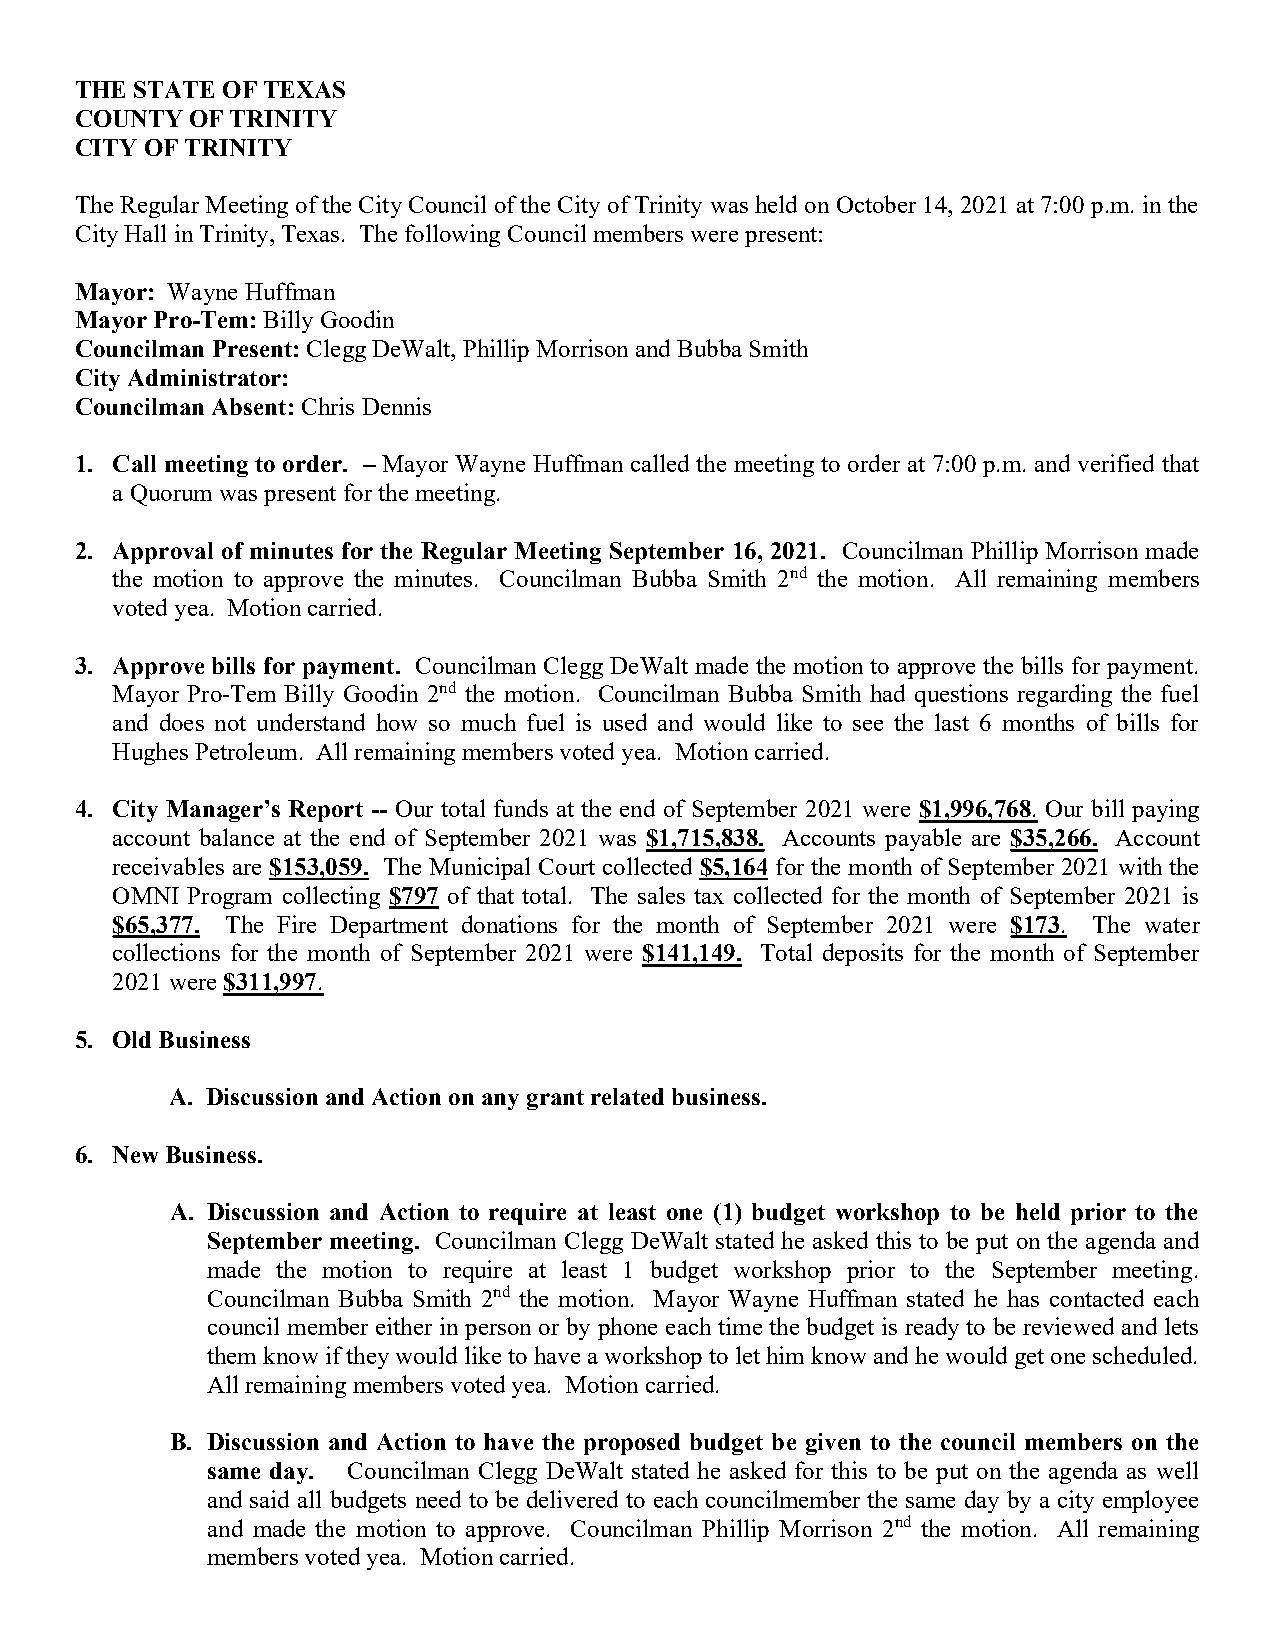
THE STATE OF TEXAS
 COUNTY  OF TRINITY
 CITY OF TRINITY
 The Regular Meeting of the City Council of the City of Trinity was held on October 14, 2021 at 7:00 p.m. in the
 City Hall in Trinity, Texas. The following Council members were present:
 Mayor: Wayne Huffman
 Mayor Pro-Tem: Billy Goodin
 Councilman Present: Clegg DeWalt, Phillip Morrison and Bubba Smith
 City Administrator:
 Councilman Absent: Chris Dennis
 1. Call meeting to order. – Mayor Wayne Huffman called the meeting to order at 7:00 p.m. and verified that
 a Quorum was present for the meeting.
 2. Approval of minutes for the Regular Meeting September 16, 2021. Councilman Phillip Morrison made
 the motion to approve the minutes. Councilman Bubba Smith 2nd the motion. All remaining members
 voted yea. Motion carried.
 3. Approve bills for payment. Councilman Clegg DeWalt made the motion to approve the bills for payment.
 Mayor Pro-Tem Billy Goodin 2nd the motion. Councilman Bubba Smith had questions regarding the fuel
 and does not understand how so much fuel is used and would like to see the last 6 months of bills for
 Hughes Petroleum. All remaining members voted yea. Motion carried.
 4. City Manager’s Report -- Our total funds at the end of September 2021 were $1,996,768. Our bill paying
 account balance at the end of September 2021 was $1,715,838. Accounts payable are $35,266. Account
 receivables are $153,059. The Municipal Court collected $5,164 for the month of September 2021 with the
 OMNI Program collecting $797 of that total. The sales tax collected for the month of September 2021 is
 $65,377. The Fire Department donations for the month of September 2021 were $173. The water
 collections for the month of September 2021 were $141,149. Total deposits for the month of September
 2021 were $311,997.
 5. Old Business
 A. Discussion and Action on any grant related business.
 6. New Business.
 A. Discussion and Action to require at least one (1) budget workshop to be held prior to the
 September meeting. Councilman Clegg DeWalt stated he asked this to be put on the agenda and
 made the motion to require at least 1 budget workshop prior to the September meeting.
 Councilman Bubba Smith 2nd the motion. Mayor Wayne Huffman stated he has contacted each
 council member either in person or by phone each time the budget is ready to be reviewed and lets
 them know if they would like to have a workshop to let him know and he would get one scheduled.
 All remaining members voted yea. Motion carried.
 B. Discussion and Action to have the proposed budget be given to the council members on the
 same day. Councilman Clegg DeWalt stated he asked for this to be put on the agenda as well
 and said all budgets need to be delivered to each councilmember the same day by a city employee
 and made the motion to approve. Councilman Phillip Morrison 2nd the motion. All remaining
 members voted yea. Motion carried.